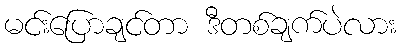
မင်းပြောချင်တာ ဒီတစ်ချက်ပဲလား